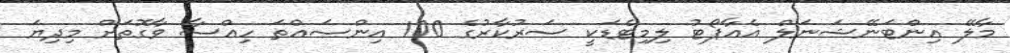
މާލޭ އިންޓަނޭޝަނަލް އެއާޕޯޓު ލިމިޓެޑަކީ ސަރުކާރުގެ 100 އިންސައްތަ ހިއްސާ ވާގޮތަށް މިދިޔަ